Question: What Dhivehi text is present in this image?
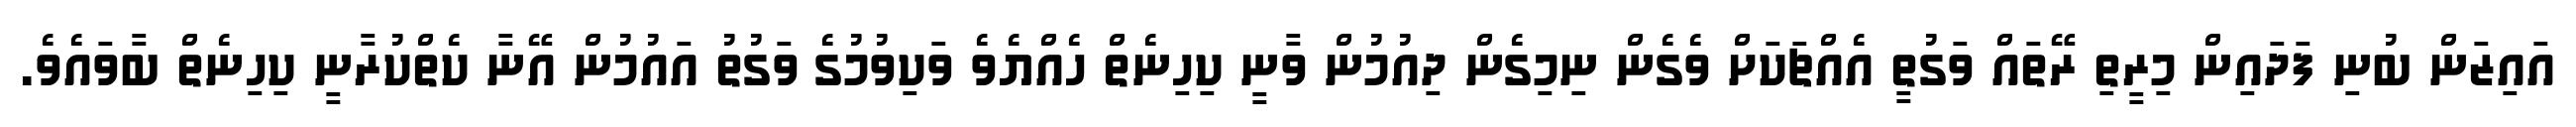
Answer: އައިޒަން ބުނި ފަދައިން މިރީތި ރޭތައް ވަގުތީ އެއްޗަކަށް ވެގެން ނިމިގެން ދިއުމުން ވާނީ ކިހިނެތް ހެއްޔެވެ ވަކިވުމުގެ ވަގުތު އައުމުން އޭނާ ކެތްކުރާނީ ކިހިނެތް ބާވައެވެ.